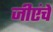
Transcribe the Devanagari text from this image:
जीएंचे